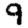
Digit: 9